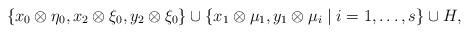
LaTeX: \begin{align*} \{x_0 \otimes \eta_0, x_2 \otimes \xi_0, y_2 \otimes \xi_0\} \cup \{x_1 \otimes \mu_1, y_1 \otimes \mu_i \mid i=1, \dots, s\} \cup H,\end{align*}